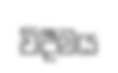
විදීමය